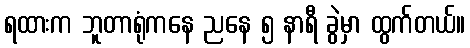
ရထားက ဘူတာရုံကနေ ညနေ ၅ နာရီ ခွဲမှာ ထွက်တယ်။